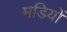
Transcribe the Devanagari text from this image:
मडियों